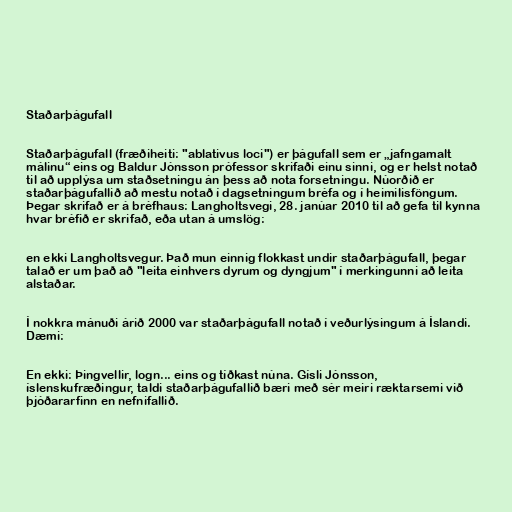
Staðarþágufall

Staðarþágufall (fræðiheiti: "ablativus loci") er þágufall sem er „jafngamalt
málinu“ eins og Baldur Jónsson prófessor skrifaði einu sinni, og er helst notað
til að upplýsa um staðsetningu án þess að nota forsetningu. Núorðið er
staðarþágufallið að mestu notað í dagsetningum bréfa og í heimilisföngum.
Þegar skrifað er á bréfhaus: Langholtsvegi, 28. janúar 2010 til að gefa til kynna
hvar bréfið er skrifað, eða utan á umslög:

en ekki Langholtsvegur. Það mun einnig flokkast undir staðarþágufall, þegar
talað er um það að "leita einhvers dyrum og dyngjum" í merkingunni að leita
alstaðar.

Í nokkra mánuði árið 2000 var staðarþágufall notað í veðurlýsingum á Íslandi.
Dæmi:

En ekki: Þingvellir, logn... eins og tíðkast núna. Gísli Jónsson,
íslenskufræðingur, taldi staðarþágufallið bæri með sér meiri ræktarsemi við
þjóðararfinn en nefnifallið.